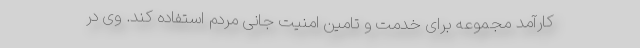
کارآمد مجموعه برای خدمت و تامین امنیت جانی مردم استفاده کند. وی در